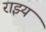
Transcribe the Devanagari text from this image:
राझ्य